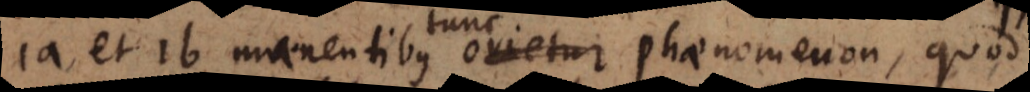
1a et 1b manentibus tunc phaenomenon, quod